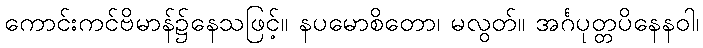
ကောင်းကင်ဗိမာန်၌နေသဖြင့်။ နပမောစိတော၊ မလွတ်။ အင်္ဂပုတ္တပိနေနဝါ၊